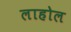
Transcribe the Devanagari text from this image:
लाहोल